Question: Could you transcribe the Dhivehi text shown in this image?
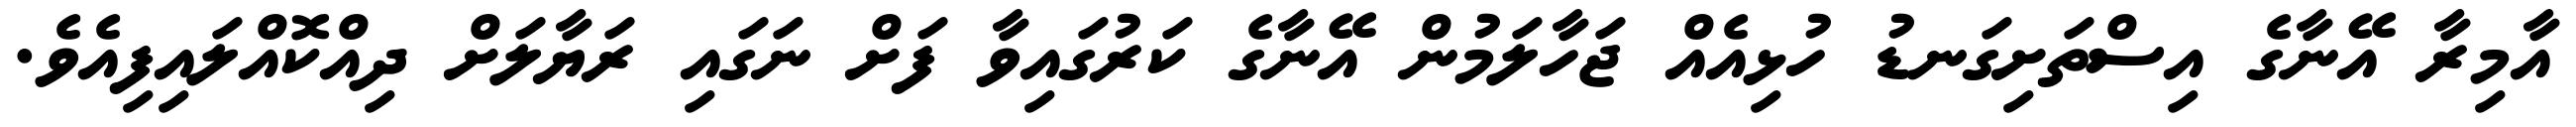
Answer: އާމިރާ އޭނާގެ އިސްތަށިގަނޑު ހުޅިއެއް ޖަހާލަމުން އޭނާގެ ކަރުގައިވާ ފަށް ނަގައި ރަޔާލަށް ދިއްކޮއްލައިފިއެވެ.